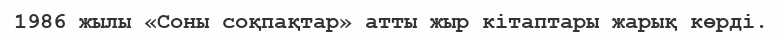
1986 жылы «Соны соқпақтар» атты жыр кітаптары жарық көрді.